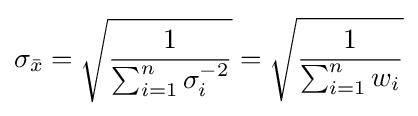
\sigma _{\bar {x}}={\sqrt {\frac {1}{\sum _{i=1}^{n}\sigma _{i}^{-2}}}}={\sqrt {\frac {1}{\sum _{i=1}^{n}w_{i}}}}